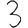
Digit: 3